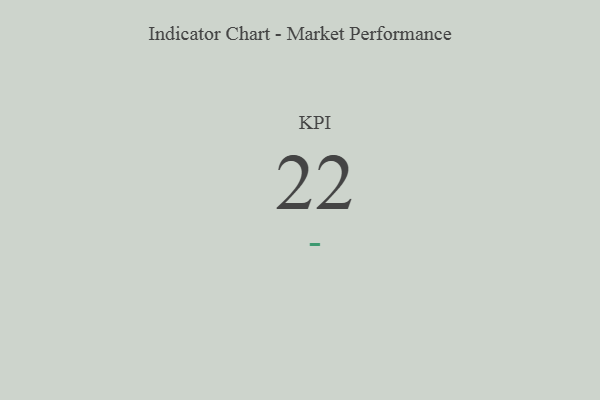
{"axis": {"x": "KPI", "y": "Value"}, "legend": [""], "data": [{"x": "KPI", "y": 22, "type": ""}]}